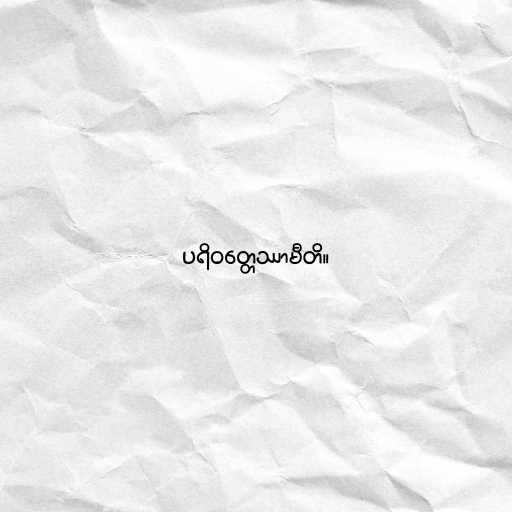
ပရိဝတ္တေဿာမီတိ။